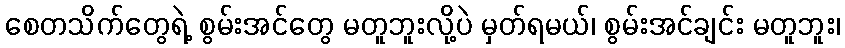
စေတသိက်တွေရဲ့ စွမ်းအင်တွေ မတူဘူးလို့ပဲ မှတ်ရမယ်၊ စွမ်းအင်ချင်း မတူဘူး၊